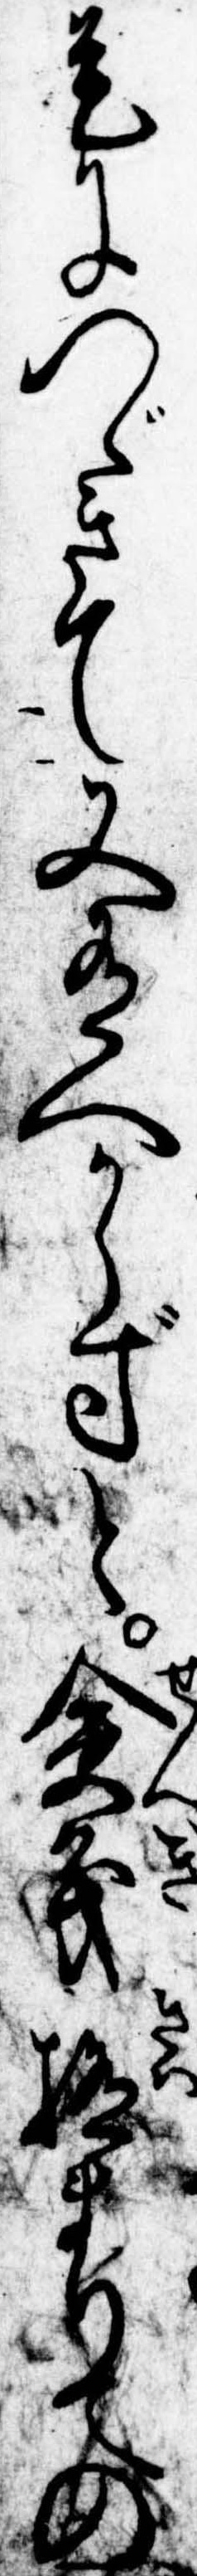
是につゞきて又有へからずと僉義極まりての